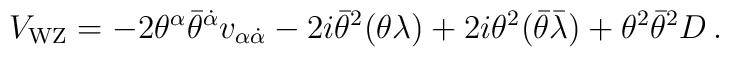
V_{\rm WZ} = -2\theta^{\alpha}\bar\theta^{\dot\alpha}v_{\alpha\dot\alpha} - 2i\bar\theta^2(\theta\lambda ) + 2i \theta^2(\bar\theta\bar{\lambda}) + \theta^2\bar\theta^2 D\, .